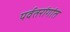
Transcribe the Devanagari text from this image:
पर्वतरांगांत